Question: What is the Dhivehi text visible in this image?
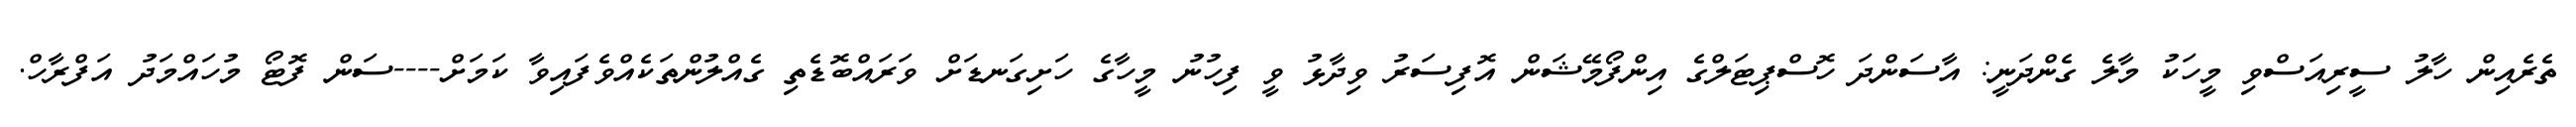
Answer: ތެރެއިން ހާލު ސީރިއަސްވި މީހަކު މާލެ ގެންދަނީ: އާސަންދަ ހޮސްޕިޓަލްގެ އިންފޯމޭޝަން އޮފިސަރު ވިދާޅު ވީ ފިހުނު މީހާގެ ހަށިގަނޑަށް ވަރައްބޮޑެތި ގެއްލުންތަކެއްވެފައިވާ ކަމަށް----ސަން ފޮޓޯ މުހައްމަދު އަފްރާހް.